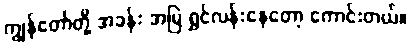
ကျွန်တော်တို့ အခန်း အမြဲ ရွှင်လန်းနေတော့ ကောင်းတယ်။